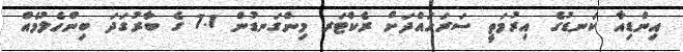
އިންޑިއާ ކަނޑުގެ އިރުމަތީ ސަރަހައްދަށް ރެކްޓަރ މިންގަނޑުން 7.1 ގެ ބާރުގަދަ ބިންހެލުމެއް